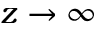
z \to \infty